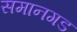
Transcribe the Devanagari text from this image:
समानगड